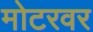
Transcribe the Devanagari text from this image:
मोटरवर